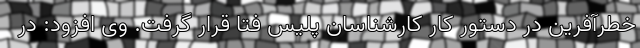
خطرآفرین در دستور کار کارشناسان پلیس فتا قرار گرفت. وی افزود: در